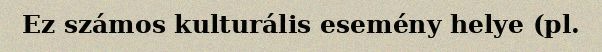
Ez számos kulturális esemény helye (pl.